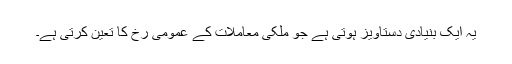
یہ ایک بنیادی دستاویز ہوتی ہے جو ملکی معاملات کے عمومی رخ کا تعیّن کرتی ہے۔